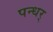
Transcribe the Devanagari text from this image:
पन्धर्